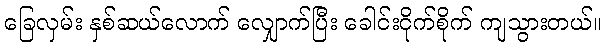
ခြေလှမ်း နှစ်ဆယ်လောက် လျှောက်ပြီး ခေါင်းငိုက်စိုက် ကျသွားတယ်။